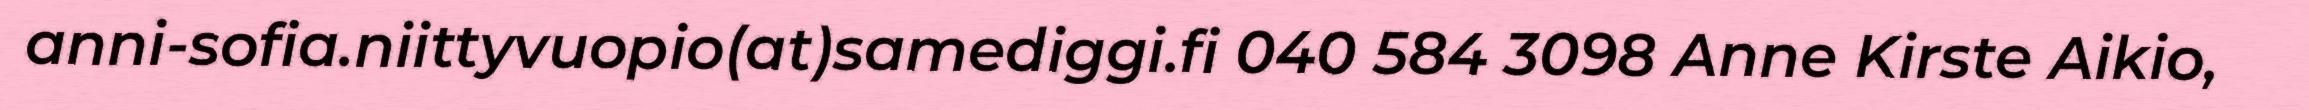
anni-sofia.niittyvuopio(at)samediggi.fi 040 584 3098 Anne Kirste Aikio,